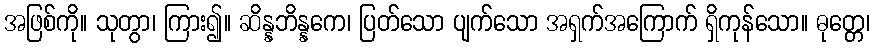
အဖြစ်ကို။ သုတွာ၊ ကြား၍။ ဆိန္နဘိန္နကေ၊ ပြတ်သော ပျက်သော အရှက်အကြောက် ရှိကုန်သော။ ဓုတ္တေ၊